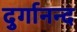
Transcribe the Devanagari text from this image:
दुर्गानन्द